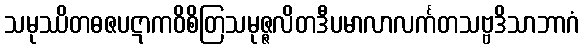
သမုဿိတဓဇပဋာကဝိစိတြသမုဇ္ဇလိတဒီပမာလာလင်္ကတသဗ္ဗဒိသာဘာဂံ